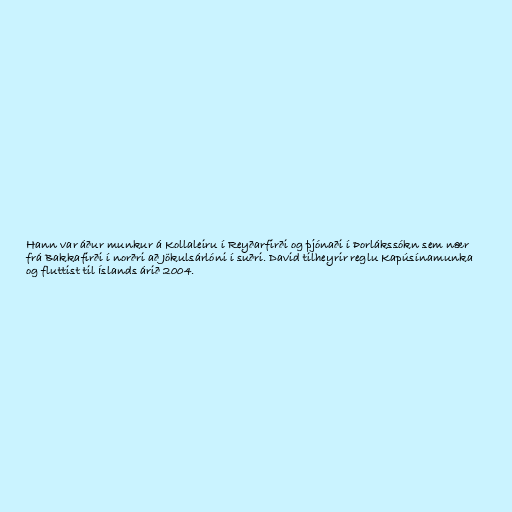
Hann var áður munkur á Kollaleiru í Reyðarfirði og þjónaði í Þorlákssókn sem nær
frá Bakkafirði í norðri að Jökulsárlóni í suðri. David tilheyrir reglu Kapúsínamunka
og fluttist til Íslands árið 2004.